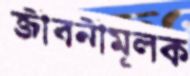
জীবনীমূলক